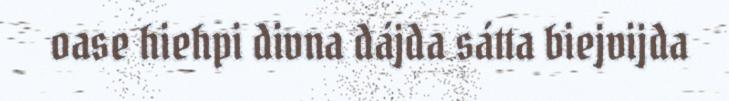
oase hiehpi divna dájda sátta biejvijda